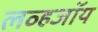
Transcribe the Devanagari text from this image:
लव्हजॉय